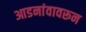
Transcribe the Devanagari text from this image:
आडनांवावरून